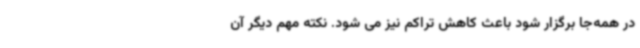
در همه‌جا برگزار شود باعث کاهش تراکم نیز می شود. نکته مهم دیگر آن